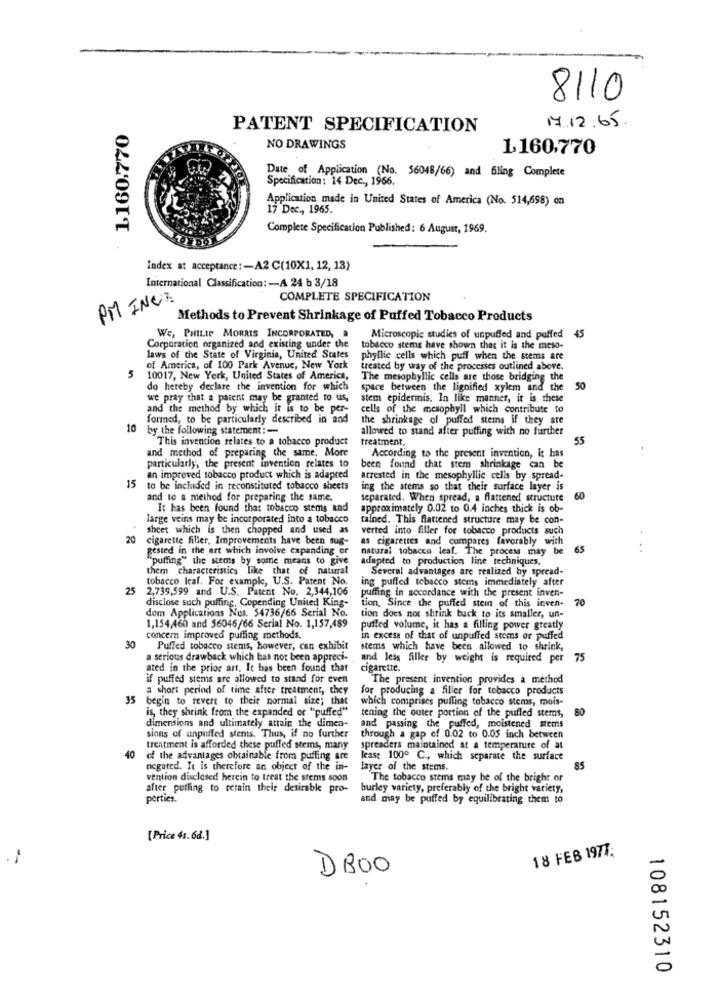
8110
1,160.770
PATENT SPECIFICATION
17.12.65
NO DRAWINGS
1,160,770
Date of Application (No. 56048/66) and filing Complete
Specification: 14 Dec ., 1966.
Application made in United States of America (No. 514,658) on
17 Dec ., 1965.
Complete Specification Published: 6 August, 1969.
Index at acceptance :- A2 C(10X1, 12, 13)
International Classification: - A 24 b 3/18
PM INCA
COMPLETE SPECIFICATION
Methods to Prevent Shrinkage of Puffed Tobacco Products
We, PHILIP MORRIS INCORPORATED,
Microscopic studies of unpuffed and puffed 45
Corporation organized and existing under the
tobacco stems have shown that it is the meso-
laws of the State of Virginia, United States
phyllic cells which puff when the stems are
5
of America, of 100 Park Avenue, New York
treated by way of the processes outlined above.
10017, New York, United States of America,
The mesophyllic cells are those bridging the
do hereby declare the invention for which
space between the lignified xylem and the
50
we pray that a patent may be granted to us,
stem epidermis. In like manner, it is these
and the method by which it is to be per-
cells of the mesophyil which contribute to
formed, to be particularly described in and
the shrinkage of puffed stems if they are
10
by the following statement :-
allowed to stand after puffing with no further
This invention relates to a tobacco product
treatment,
55
and method of preparing the same, More
particularly, the present invention relates to
According to the present invention, it has
been found that stem shrinkage can be
15
an improved tobacco product which is adapted
arrested in the mesophyllic cells by spread-
to be included in reconstituted tobacco sheets
ing the stems so that their surface layer is
and te a method for preparing the same.
separated. When spread, a flattened structure
60
It has been found that tobacco stems and
approximately 0.02 to 0.4 inches thick is ob-
large veins may be incorporated into a tobacco
tained. This flattened structure may be con-
sheet which is then chopped and used as
verted into filler for tobacco products such
20
cigarette filler, Improvements have been sug-
as cigarettes and compares favorably with
gested in the art which involve expanding or
natural tobacco leaf. The process may be
65
"puffing" the stems by some means to give
adapted to production line techniques.
them characteristics like that of natural
Several advantages are realized by spread-
tobacco leaf. For example, U.S. Patent No.
ing puffed tobacco stems immediately after
25
2,739,599 and U.S. Patent No, 2,344,106
puffing in socordance with the present inven-
disclose such puffing, Copending United King-
tion, Since the puffed stein of this inven-
70
dom Applications Nos. 54736/66 Serial No.
tion does not shrink back to its smaller, un-
1,154,460 and 56046/66 Serial No. 1,157,489
puffed volume, it has a filling power greatly
concern improved puffing methods.
in excess of that of unpuffed stems or puffed
30
Puffed tobacco stems, however, can exhibit
stems which have been allowed to shrink,
a serious drawback which has not been appreci-
and less filler by weight is required per 75
ated in the prior art. It has been found that
cigarette.
if puffed stems are allowed to stand for even
The present invention provides a method
a short period of time after treatment, they
for producing a filler for tobacco products
35 begin to revert to their normal size; that
which comprises pulling tobacco stems, mois-
is, they shrink from the expanded of "puffed"
tening the outer portion of the puffed stems,
dimensions and ultimately attain the dimen-
and passing the puffed, moistened stems
sions of unpuffed stems. Thus, if no further
through a gap of 0.02 to 0.05 inch between
40
trentment is afforded these puffed stems, many
spreaders maintained at a temperature of at
of the advantages obtainable from puffing are
lease 100º C ., which separate the surface
negated. It is therefore an object of the in-
layer of the stems.
85
vention disclosed herein to treat the stems soon
The tobacco stems may be of the bright or
after puffing to retain their desirable pro-
burley variety, preferably of the bright variety,
perties
and may be puffed by equilibrating them to
[Price 4s. 6d.]
18 FEB 1977;
--
DB00
108152310